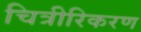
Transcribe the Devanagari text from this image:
चित्रीरिकरण